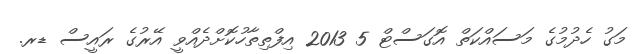
މަގު ހެދުމުގެ މަސައްކަތް އޮގަސްޓް 5 2013 އިފްތިތާހުކޮށްދެއްވީ އޭރުގެ ރައީސް ޑރ.